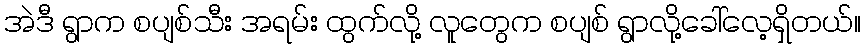
အဲဒီ ရွာက စပျစ်သီး အရမ်း ထွက်လို့ လူတွေက စပျစ် ရွာလို့ခေါ်လေ့ရှိတယ်။